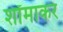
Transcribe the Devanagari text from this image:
शॉमाकर